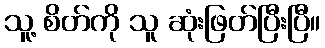
သူ့ စိတ်ကို သူ ဆုံးဖြတ်ပြီးပြီ။